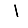
Digit: 1